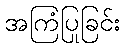
အကြံပြုခြင်း